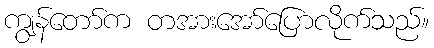
ကျွန်တော်က တအားအော်ပြောလိုက်သည်။